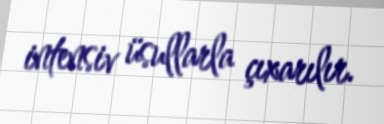
intensiv üsullarla çıxarılır.